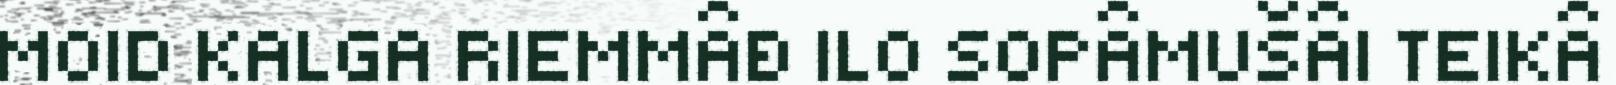
MOID KALGA RIEMMÂĐ ILO SOPÂMUŠÂI TEIKÂ